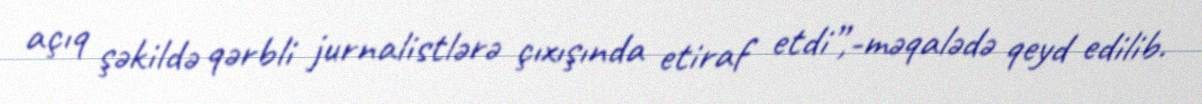
açıq şəkildə qərbli jurnalistlərə çıxışında etiraf etdi”,-məqalədə qeyd edilib.